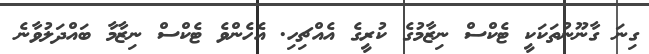
ގިނަ ގާނޫނުތަކަކީ ޓެކްސް ނިޒާމުގެ ކުރީގެ އެއްޗިހި. އެހެންވެ ޓެކްސް ނިޒާމާ ބައްދަލުވާނެ